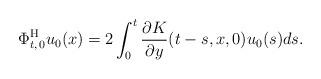
LaTeX: \begin{align*}\Phi^{\mathrm{H}}_{t, \, 0} u_0 (x)= 2 \int_0^t \frac{\partial K}{\partial y}(t-s, x, 0) u_0(s) ds.\end{align*}